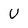
Character: U